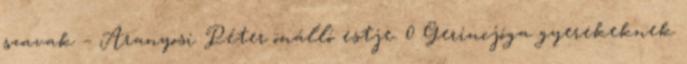
szavak – Aranyosi Péter önálló estje. 0 Gerincjóga gyerekeknek